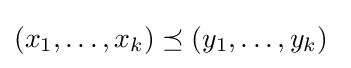
(x_{1},\ldots ,x_{k})\preceq (y_{1},\ldots ,y_{k})\